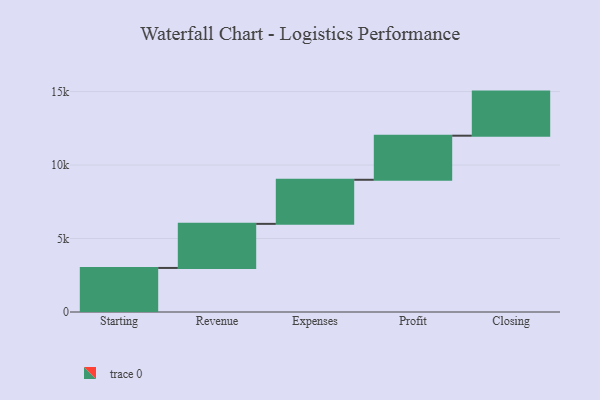
{"axis": {"x": "Step", "y": "Value"}, "legend": [""], "data": [{"x": "Starting", "y": 2998.0, "type": ""}, {"x": "Revenue", "y": 3000, "type": ""}, {"x": "Expenses", "y": 3000, "type": ""}, {"x": "Profit", "y": 3000, "type": ""}, {"x": "Closing", "y": 3000, "type": ""}]}